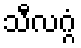
သီလဂ္ဂံ